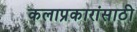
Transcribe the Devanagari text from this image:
कलाप्रकारांसाठी